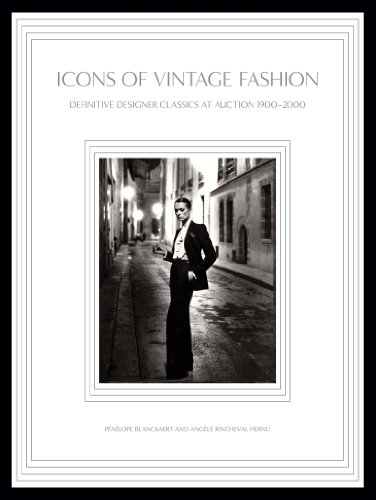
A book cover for Icons of Vintage Fashion: Definitive Designer Classics at Auction 1900-2000; PÃ©nÃ©lope Blanckaert; Crafts, Hobbies & Home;